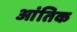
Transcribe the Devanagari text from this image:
आंतिक